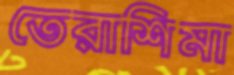
তেরাশিমা